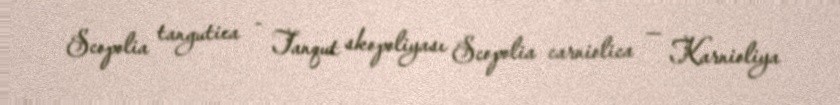
Scopolia tangutica - Tanqut skopoliyası Scopolia carniolica — Karnioliya